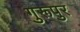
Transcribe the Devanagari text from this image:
गुरूपुर